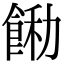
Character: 𩛵